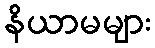
နိယာမများ